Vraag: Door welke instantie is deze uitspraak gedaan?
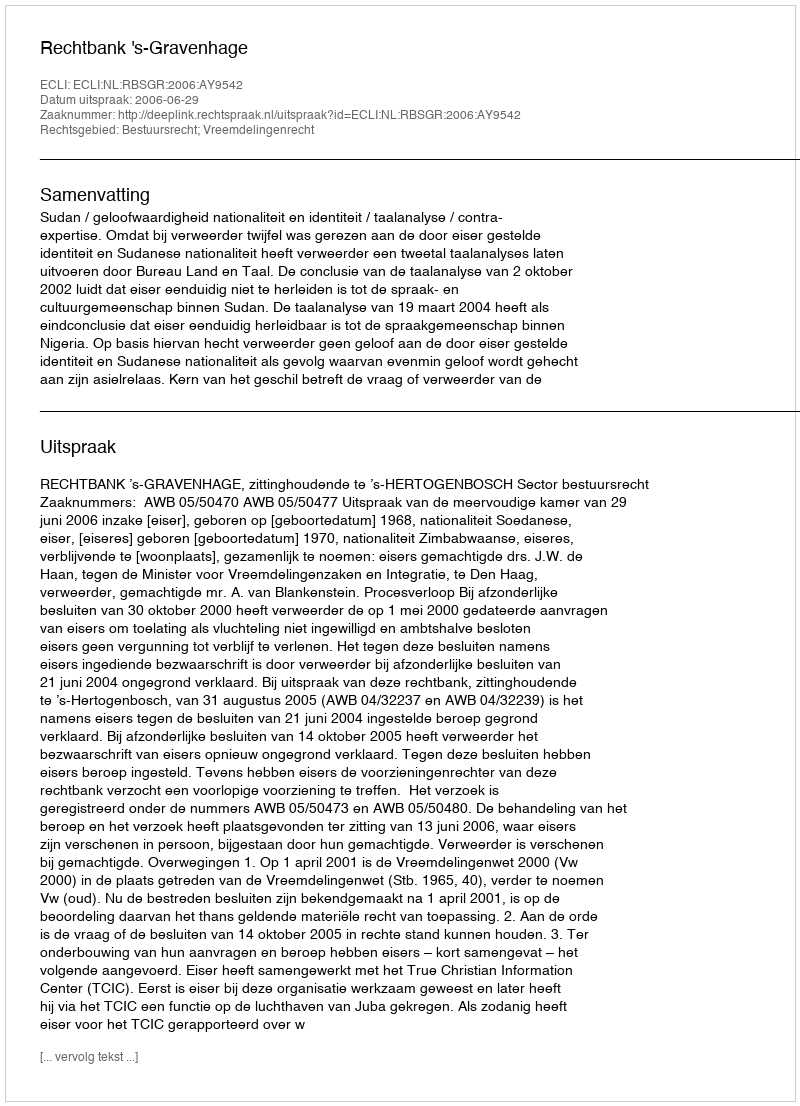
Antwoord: Rechtbank 's-Gravenhage